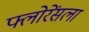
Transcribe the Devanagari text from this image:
फ्लोरेंसला